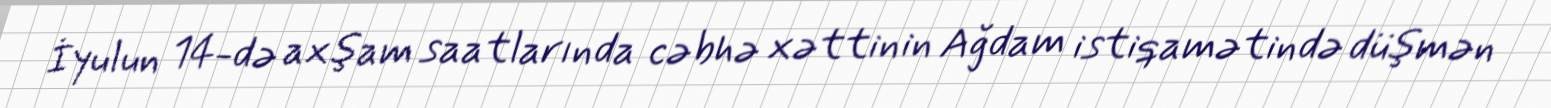
İyulun 14-də axşam saatlarında cəbhə xəttinin Ağdam istiqamətində düşmən